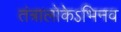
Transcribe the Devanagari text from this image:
तंत्रालोकेऽभिनव